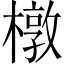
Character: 橔